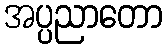
အပ္ပညာတော